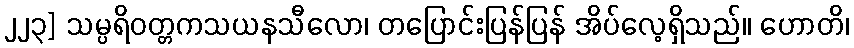
၂၂၃] သမ္ပရိဝတ္တကသယနသီလော၊ တပြောင်းပြန်ပြန် အိပ်လေ့ရှိသည်။ ဟောတိ၊